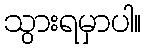
သွားရမှာပါ။